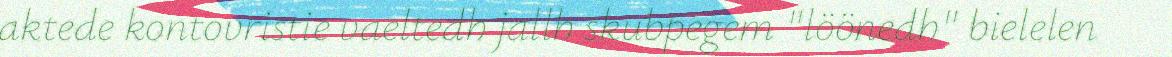
aktede kontovristie vaeltedh jallh skubpegem "löönedh" bielelen